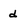
Character: d